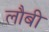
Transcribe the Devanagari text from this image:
लौबी